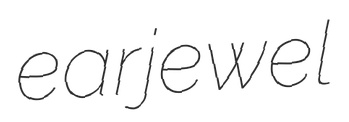
earjewel